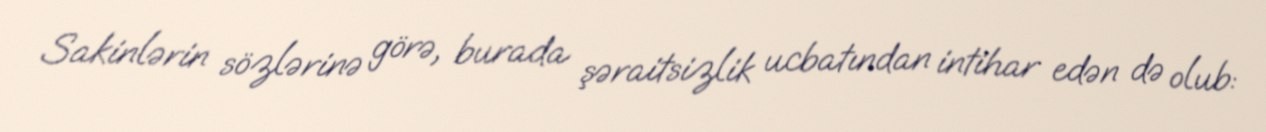
Sakinlərin sözlərinə görə, burada şəraitsizlik ucbatından intihar edən də olub: